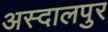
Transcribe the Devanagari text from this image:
अस्दालपुर